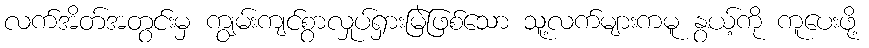
လက်အိတ်အတွင်းမှ ကျွမ်းကျင်စွာလှုပ်ရှားမြဲဖြစ်သော သူ့လက်များကမူ နွယ့်ကို ကူပေးဖို့